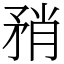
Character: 矟